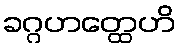
ခဂ္ဂဟတ္ထေဟိ